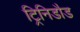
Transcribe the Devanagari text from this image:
ट्रिनिडौड